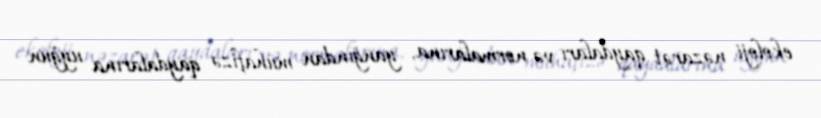
ekoloji nəzarət qaydaları və normalarına, yanğından mühafizə qaydalarına uyğun